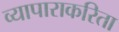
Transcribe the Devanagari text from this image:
व्यापाराकरिता